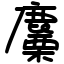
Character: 麜